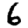
Digit: 6